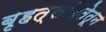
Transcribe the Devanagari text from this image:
बृहत्संहितेतून